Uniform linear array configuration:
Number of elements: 24
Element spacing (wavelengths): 0.5
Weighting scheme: uniform
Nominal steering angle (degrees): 30
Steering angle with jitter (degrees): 31.84
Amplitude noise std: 0.05
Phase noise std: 0.05

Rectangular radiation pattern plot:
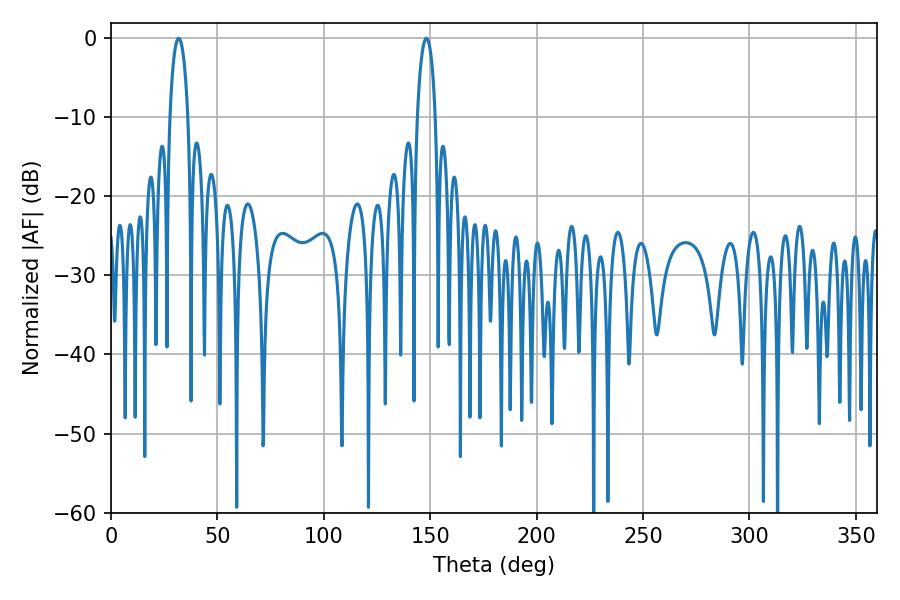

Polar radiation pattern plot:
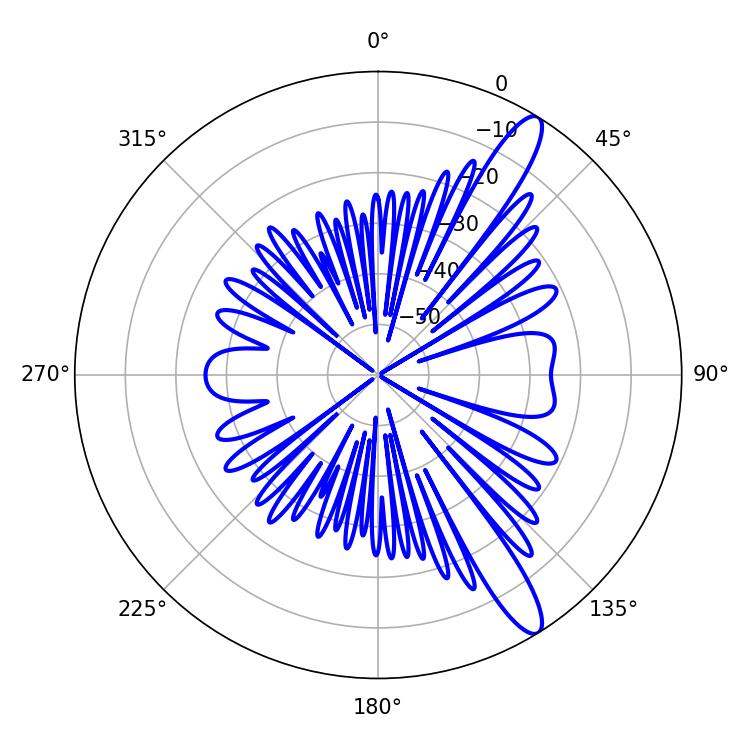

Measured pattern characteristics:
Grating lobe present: FALSE
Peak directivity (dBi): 12.904
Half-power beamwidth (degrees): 4.86
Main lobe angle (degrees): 31.86